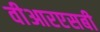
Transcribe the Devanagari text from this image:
वीआरएसबी